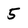
Character: 5